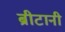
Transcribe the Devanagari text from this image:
ब्रीटानी